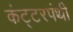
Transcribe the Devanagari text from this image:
कंट्टरपंथी